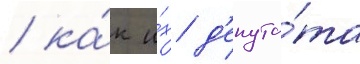
/ ка́к и́х д'епута́та